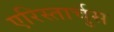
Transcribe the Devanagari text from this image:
एरिस्तार्चुस